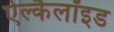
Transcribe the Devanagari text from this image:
ऐल्कैलॉइड